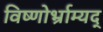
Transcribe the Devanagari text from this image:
विष्णोर्भ्राम्यद्